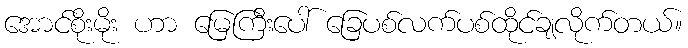
အောင်စိုးမိုး ဟာ မြေကြီးပေါ် ခြေပစ်လက်ပစ်ထိုင်ချလိုက်တယ်။